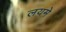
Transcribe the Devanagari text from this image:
लयमे